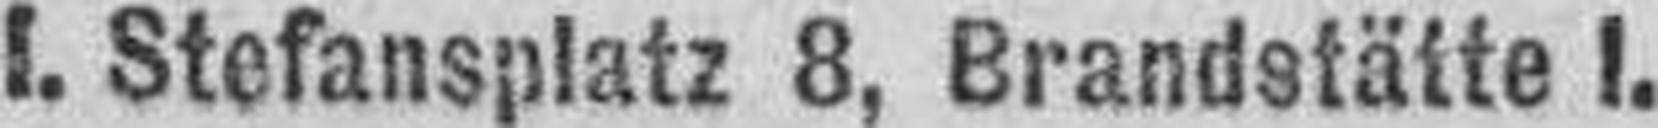
I. Stefansplatz 8, Brandstätte I.